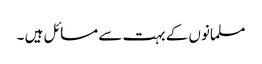
مسلمانوں کے بہت سے مسائل ہیں ۔